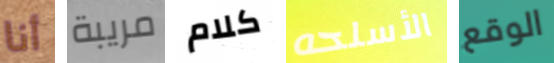
أنا مريبة كلام الأسلحه الوقع